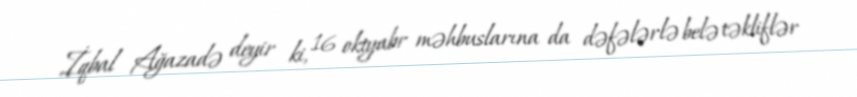
İqbal Ağazadə deyir ki, 16 oktyabr məhbuslarına da dəfələrlə belə təkliflər